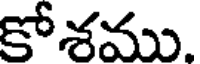
కోశము.